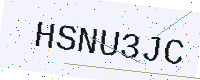
Text: HSNU3JC